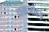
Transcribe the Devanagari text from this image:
चकजोहड़